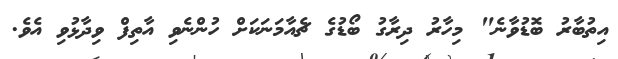
އިތުބާރު ބޮޑުވާނެ" މިހާރު ދިރާގު ބޯޑުގެ ޗެއާމަނަކަށް ހުންނެވި އާތިފް ވިދާޅުވި އެވެ.